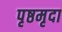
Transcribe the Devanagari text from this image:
पृष्ठमृदा